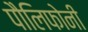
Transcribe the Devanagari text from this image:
पौलिफोनी